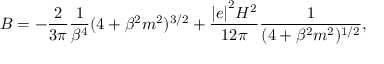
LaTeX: B = - \frac { 2 } { 3 \pi } \frac { 1 } { \beta ^ { 4 } } ( 4 + \beta ^ { 2 } m ^ { 2 } ) ^ { 3 / 2 } + \frac { { \vert e \vert } ^ { 2 } H ^ { 2 } } { 1 2 \pi } \frac { 1 } { ( 4 + \beta ^ { 2 } m ^ { 2 } ) ^ { 1 / 2 } } ,